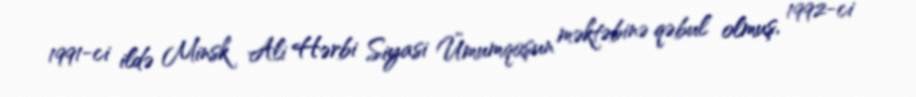
1991-ci ildə Minsk Ali Hərbi Siyasi Ümumqoşun məktəbinə qəbul olmuş, 1992-ci